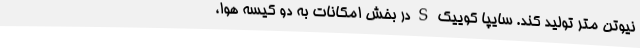
نیوتن متر تولید کند. سایپا کوییک S در بخش امکانات به دو کیسه هوا،